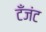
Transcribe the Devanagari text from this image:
टँजंट